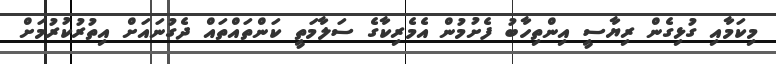
މިކަމާއި ގުޅިގެން ރިޔާސީ އިންތިހާބު ފެށުމުން އެމެރިކާގެ ސަލާމަތީ ކަންތައްތައް ދެގުނައަށް އިތުރުކުރުމަށް